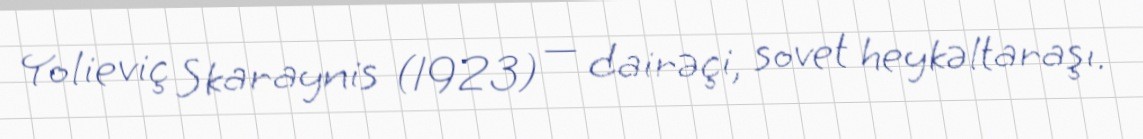
Yolieviç Skaraynis (1923) — dairəçi, sovet heykəltaraşı.